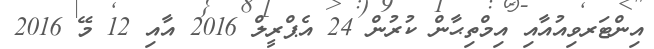
އިންޓަރވިއުއާއި އިމްތިޙާން ކުރުން 24 އެޕްރީލް 2016 އާއި 12 މޭ 2016